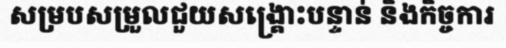
សម្របសម្រួលជួយសង្គ្រោះបន្ទាន់ និងកិច្ចការ